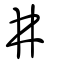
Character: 丼